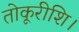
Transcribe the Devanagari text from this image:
तोकूरीशि।